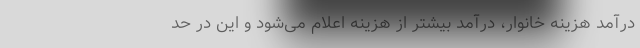
درآمد هزینه خانوار، درآمد بیشتر از هزینه اعلام می‌شود و این در حد